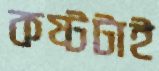
কষ্টটাই